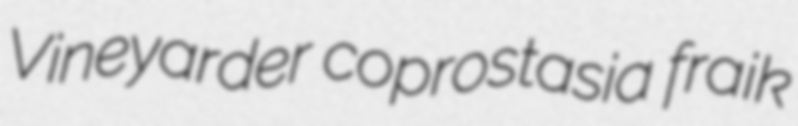
Vineyarder coprostasia fraik